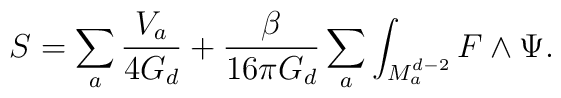
S = \sum_{a} \frac{V_{a}}{4G_{d}} + \frac{\beta}{16 \pi G_{d}}  \sum_{a} \int_{M^{d-2}_{a}} F \wedge \Psi.